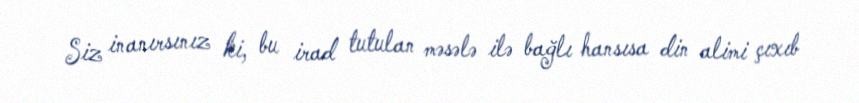
Siz inanırsınız ki, bu irad tutulan məsələ ilə bağlı hansısa din alimi çıxıb